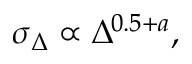
\sigma _ { \Delta } \propto \Delta ^ { 0 . 5 + a } ,